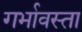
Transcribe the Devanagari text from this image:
गर्भावस्ता